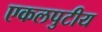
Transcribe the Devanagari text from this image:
एकलपुटीय